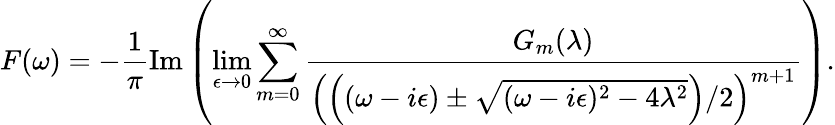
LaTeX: F(\omega)=-\frac{1}{\pi}\mathrm{Im}\left(\operatorname*{lim}_{\epsilon\to 0}\sum_{m=0}^{\infty}\frac{G_{m}(\lambda)}{\left(\left((\omega-i\epsilon)\pm\sqrt{(\omega-i\epsilon)^{2}-4\lambda^{2}}\right)/2\right)^{m+1}}\right).